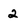
Character: 2